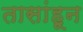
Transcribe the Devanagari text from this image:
तासांहून